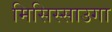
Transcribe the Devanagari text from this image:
मिसिस्साउगा